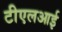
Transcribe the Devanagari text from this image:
टीएलआई